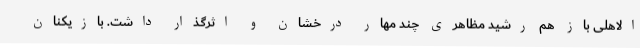
الاهلی باز هم رشید مظاهری چند مهار درخشان و اثرگذار داشت. بازیکنان